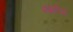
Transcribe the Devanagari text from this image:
इब्रहीम